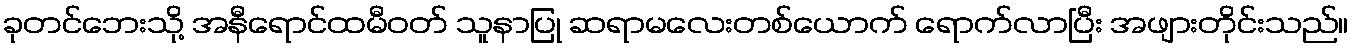
ခုတင်ဘေးသို့ အနီရောင်ထမီဝတ် သူနာပြု ဆရာမလေးတစ်ယောက် ရောက်လာပြီး အဖျားတိုင်းသည်။